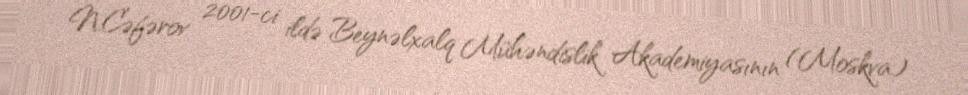
N.Cəfərov 2001-ci ildə Beynəlxalq Mühəndislik Akademiyasının (Moskva)